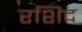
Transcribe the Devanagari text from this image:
रशिद